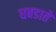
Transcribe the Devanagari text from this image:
घबडाते